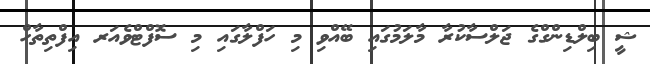
ޝީ ބިލްޑިންގްގެ ޖަލްސާކުރާ މާލަމުގައި ބޭއްވި މި ހަފްލާގައި މި ސޮފްޓްވެއަރ އިފްތިތާހް